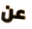
عن